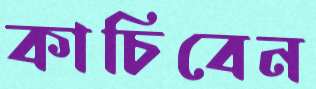
কাচিবেন